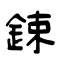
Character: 鋉